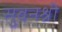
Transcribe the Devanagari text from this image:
सुवनश्री